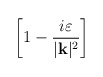
\begin{align*}\left[ 1-\frac{i\varepsilon }{|\mathbf{k}|^{2}}\right]\end{align*}